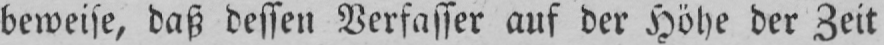
beweise, daß dessen Verfasser auf der Höhe der Zeit